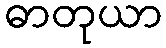
ဓာတုယာ